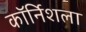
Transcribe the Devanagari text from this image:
कॉर्निशला